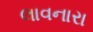
લાવનારા